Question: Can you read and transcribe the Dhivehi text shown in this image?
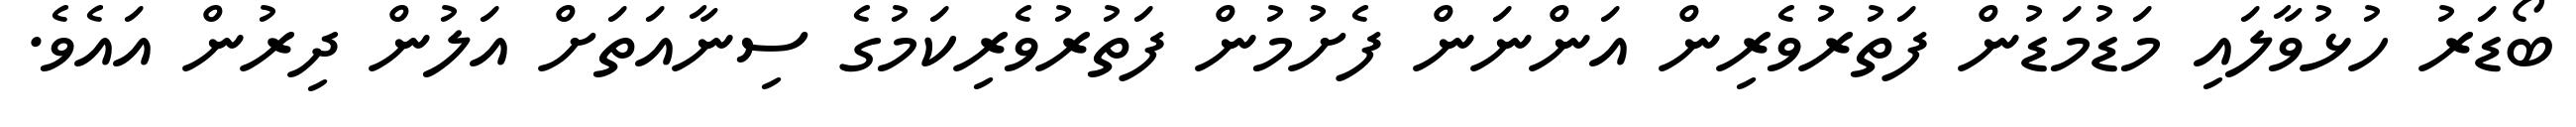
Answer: ބޯޑަރު ހުޅުވާލައި މަޑުމަޑުން ފަތުރުވެރިން އަންނަން ފެށުމުން ފަތުރުވެރިކަމުގެ ސިނާއަތަށް އަލުން ދިރުން އައެވެ.